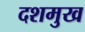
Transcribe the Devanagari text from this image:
दशमुख